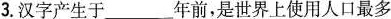
3.汉字产生于___年前，是世界上使用人口最多